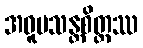
အဝူပသန္တစိတ္တဿ